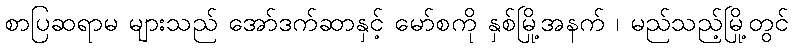
စာပြဆရာမ များသည် အော်ဒက်ဆာနှင့် မော်စကို နှစ်မြို့အနက် ၊ မည်သည့်မြို့တွင်